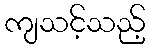
ကျသင့်သည့်